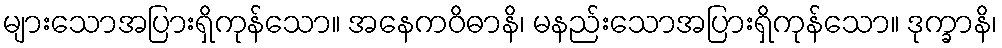
များသောအပြားရှိကုန်သော။ အနေကဝိဓာနိ၊ မနည်းသောအပြားရှိကုန်သော။ ဒုက္ခာနိ၊